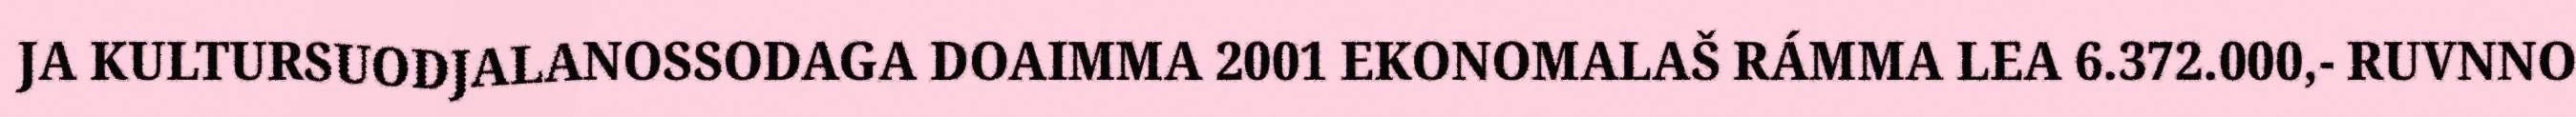
JA KULTURSUODJALANOSSODAGA DOAIMMA 2001 EKONOMALAŠ RÁMMA LEA 6.372.000,- RUVNNO